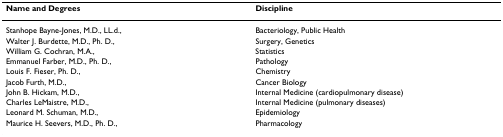
| Name and Degrees | Discipline |
 | --- | --- |
 | Stanhope Bayne-Jones, M.D., LL.d., | Bacteriology, Public Health |
 | Walter J. Burdette, M.D., Ph. D., | Surgery, Genetics |
 | William G. Cochran, M.A., | Statistics |
 | Emmanuel Farber, M.D., Ph. D., | Pathology |
 | Louis F. Fieser, Ph. D., | Chemistry |
 | Jacob Furth, M.D., | Cancer Biology |
 | John B. Hickam, M.D., | Internal Medicine (cardiopulmonary disease) |
 | Charles LeMaistre, M.D., | Internal Medicine (pulmonary diseases) |
 | Leonard M. Schuman, M.D., | Epidemiology |
 | Maurice H. Seevers, M.D., Ph. D., | Pharmacology |